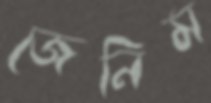
জেনিম